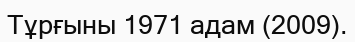
Тұрғыны 1971 адам (2009).